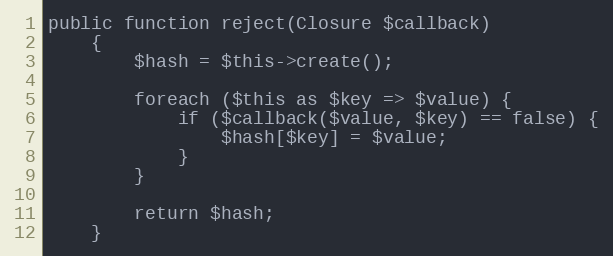
Language: PHP
public function reject(Closure $callback)
    {
        $hash = $this->create();

        foreach ($this as $key => $value) {
            if ($callback($value, $key) == false) {
                $hash[$key] = $value;
            }
        }

        return $hash;
    }